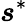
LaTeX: \boldsymbol{s}^{*}